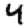
Digit: 4